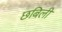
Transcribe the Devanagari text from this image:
छबिली